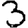
Digit: 3